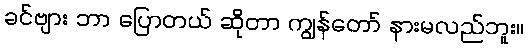
ခင်ဗျား ဘာ ပြောတယ် ဆိုတာ ကျွန်တော် နားမလည်ဘူး။